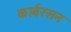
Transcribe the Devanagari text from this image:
कार्बरसन